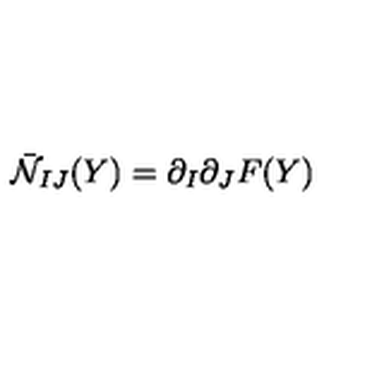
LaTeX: \bar { \cal N } _ { I J } ( Y ) = \partial _ { I } \partial _ { J } F ( Y )